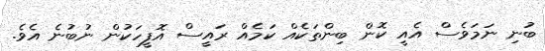
ބުނި ނަމަވެސް އެއީ ކޮން ބިންތަކެއް ކަމެއް ރައީސް އޮފީހަކުން ނުބުނެ އެވެ.